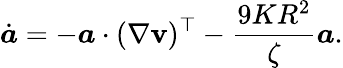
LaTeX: \dot{\boldsymbol{a}}=-\boldsymbol{a}\cdot(\nabla\mathbf{v})^{\top}-\frac{9KR^{2}}{\zeta}\boldsymbol{a}.